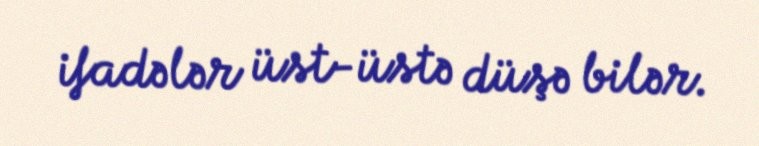
ifadələr üst-üstə düşə bilər.